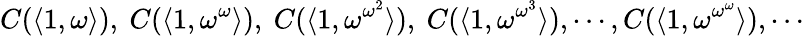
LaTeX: C(\langle 1,\omega\rangle),\ C(\langle 1,\omega^{\omega}\rangle),\ C(\langle 1,\omega^{\omega^{2}}\rangle),\ C(\langle 1,\omega^{\omega^{3}}\rangle),\cdots,C(\langle 1,\omega^{\omega^{\omega}}\rangle),\cdots